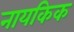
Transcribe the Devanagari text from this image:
नायकिक